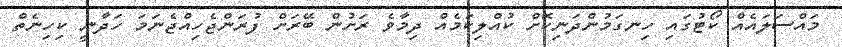
މައްސަލައެއް ކޯޓުގައި ހިނގަމުންދަނިކޮށް ކުއްލިކަމެއް ދިމާވެ ރަށުން ބޭރަށް ފުރަންޖެހިއްޖެނަމަ ހަދާނީ ކިހިނެތް